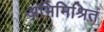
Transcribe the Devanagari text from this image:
अभिमिश्रित